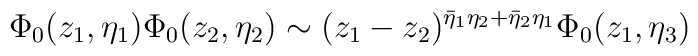
{\Phi}_{0} (z_1,\eta_1) \Phi_0(z_2,\eta_2) \sim(z_1-z_2)^{\bar{\eta}_1 \eta_2 +\bar{\eta}_2 \eta_1}\Phi_0(z_1,\eta_3)